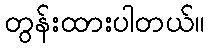
တွန်းထားပါတယ်။